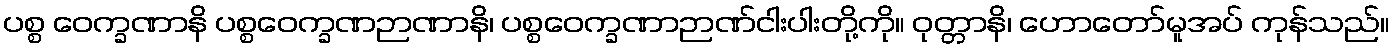
ပစ္စ ဝေက္ခဏာနိ ပစ္စဝေက္ခဏဉာဏာနိ၊ ပစ္စဝေက္ခဏာဉာဏ်ငါးပါးတို့ကို။ ဝုတ္တာနိ၊ ဟောတော်မူအပ် ကုန်သည်။